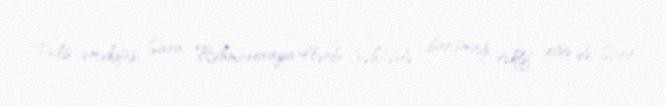
Polis əməkdaşı Sara Rəhmanovaya Hərbi rəhbərlə barışmağı təklif etsə də, Sara